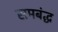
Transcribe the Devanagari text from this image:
समबंद्ध